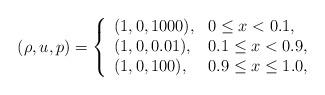
LaTeX: \begin{align*}(\rho,u,p)=\left\{\begin{array}{ll}(1,0,1000), & \textrm{$ 0 \leq x < 0.1$},\\(1,0,0.01), & \textrm{$ 0.1 \leq x < 0.9$},\\(1,0,100), & \textrm{$ 0.9 \leq x \leq 1.0$},\end{array}\right.\end{align*}